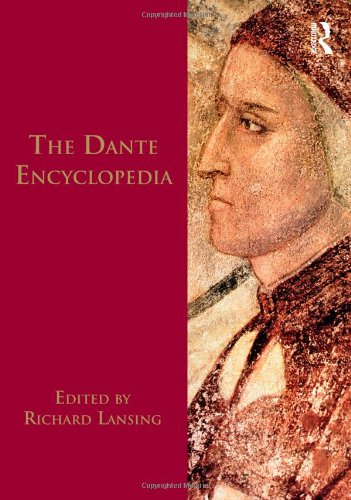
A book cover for Dante Encyclopedia; Reference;